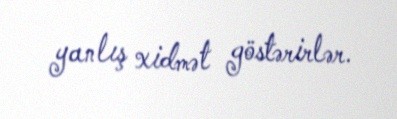
yanlış xidmət göstərirlər.